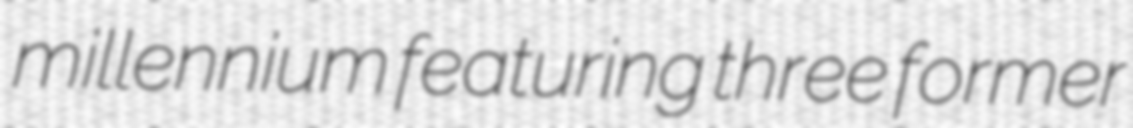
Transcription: millennium featuring three former